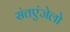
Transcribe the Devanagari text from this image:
संतएंजेलो